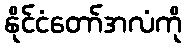
နိုင်ငံတော်အလံကို